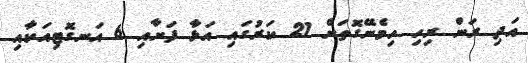
އަދި ރަން ރިހި ހިމެނޭގޮތަށް 21 ކަރުގައި އަޅާ ފަށާއި 6 އަނގޮޓިއަކާއި